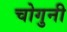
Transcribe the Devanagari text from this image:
चोगुनी